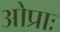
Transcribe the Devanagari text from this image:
ओप्राः